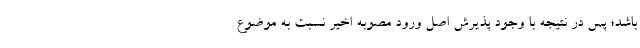
باشد؛ پس در نتیجه با وجود پذیرش اصل ورود مصوبه اخیر نسبت به موضوع